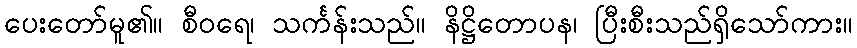
ပေးတော်မူ၏။ စီဝရေ၊ သင်္ကန်းသည်။ နိဋ္ဌိတောပန၊ ပြီးစီးသည်ရှိသော်ကား။